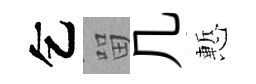
乞㽞几慙